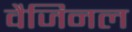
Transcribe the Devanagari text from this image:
वैजिनल